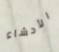
الأحشاء